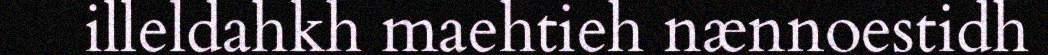
illeldahkh maehtieh nænnoestidh